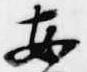
安